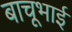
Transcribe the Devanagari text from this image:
बाचूभाई